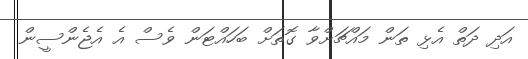
އަދި ދަތް އެޅި ތަން މައްޗަށްވާ ގޮތަށް ބަހައްޓަން ވެސް އެ އެޖެންސީން